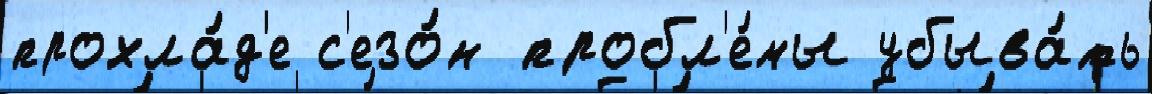
прохла́д'е с'езо́н пробл'е́мы убыва́ть